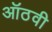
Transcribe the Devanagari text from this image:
ऑठवी